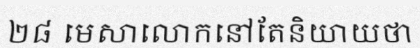
២៨ មេសាលោកនៅតែនិយាយថា